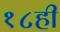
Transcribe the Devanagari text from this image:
१८ही